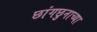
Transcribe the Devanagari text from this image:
छांगछुनाच्या